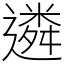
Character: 遴